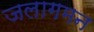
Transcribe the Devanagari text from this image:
जलागमन